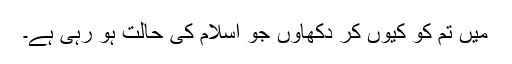
میں تم کو کیوں کر دکھاؤں جو اسلام کی حالت ہو رہی ہے۔